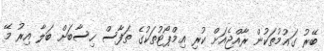
ބޭރު ގައުމުތަކުން ރާއްޖެއަށް ކުރި އިމްޕޯޓުތަކުގެ ތަފާސް ހިސާބަށް ބަލާ އިރު މޭ